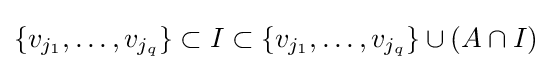
\{v_{j_{1}},\ldots ,v_{j_{q}}\}\subset I\subset \{v_{j_{1}},\ldots ,v_{j_{q}}\}\cup (A\cap I)